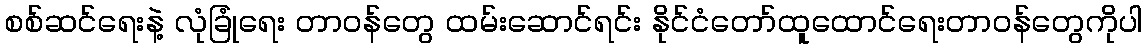
စစ်ဆင်ရေးနဲ့ လုံခြုံရေး တာဝန်တွေ ထမ်းဆောင်ရင်း နိုင်ငံတော်ထူထောင်ရေးတာဝန်တွေကိုပါ